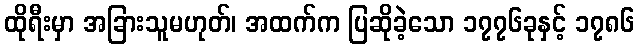
ထိုရီးမှာ အခြားသူမဟုတ်၊ အထက်က ပြဆိုခဲ့သော ၁၇၇၆ခုနှင့် ၁၇၈၆